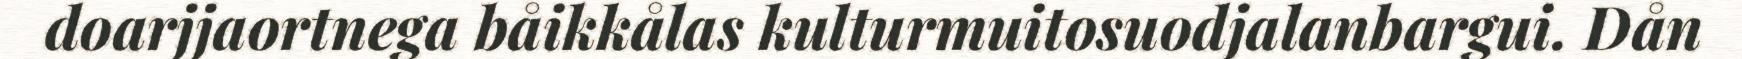
doarjjaortnega båikkålas kulturmuitosuodjalanbargui. Dån